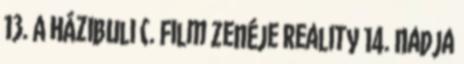
13. A Házibuli c. Film Zenéje Reality 14. Nadja